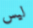
ليس